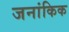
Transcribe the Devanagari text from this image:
जनांकिक